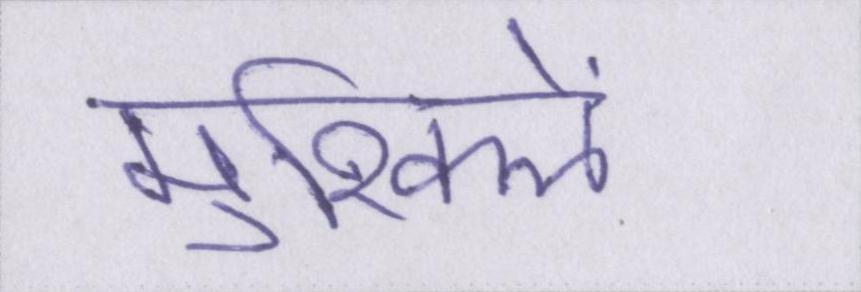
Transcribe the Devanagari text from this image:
मुश्किलें